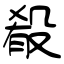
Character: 殽